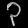
Digit: ၃